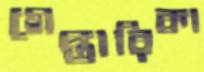
গেপ্তারিকা